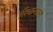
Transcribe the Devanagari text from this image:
सिंधान्ताने